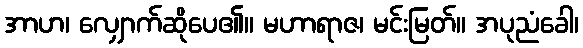
အာဟ၊ လျှောက်ဆိုပေ၏။ မဟာရာဇ၊ မင်းမြတ်။ အပုညံခေါ၊